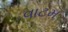
વાટમ